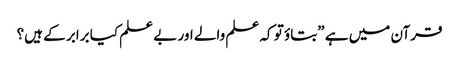
قرآن میں ہے ”بتاؤ تو کہ علم والے اور بے علم کیا برابر کے ہیں؟